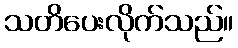
သတိပေးလိုက်သည်။